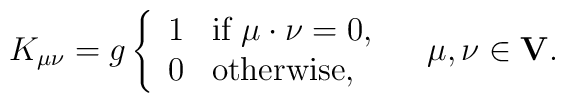
K_{\mu \nu}=g\left\{\begin{array}{ll}  1 & \mbox{if}\ \mu\cdot\nu=0,\\0 & \mbox{otherwise},\end{array}\right.\quad \mu,\nu\in{\bf V}.